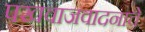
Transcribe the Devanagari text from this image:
पखवाजवादनाचे